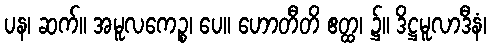
ပန၊ ဆက်။ အမူလကေဉ္စ၊ ပေ။ ဟောတီတိ ဧတ္ထ၊ ၌။ ဒိဋ္ဌမူလာဒီနံ၊